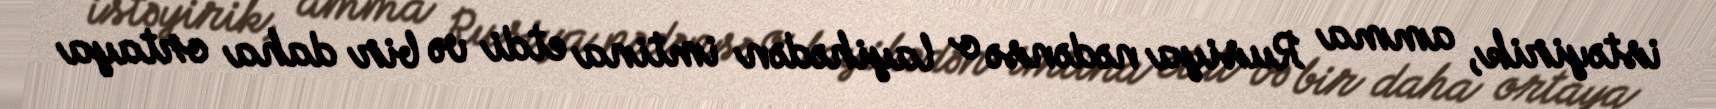
istəyirik, amma Rusiya nədənsə o layihədən imtina etdi və bir daha ortaya